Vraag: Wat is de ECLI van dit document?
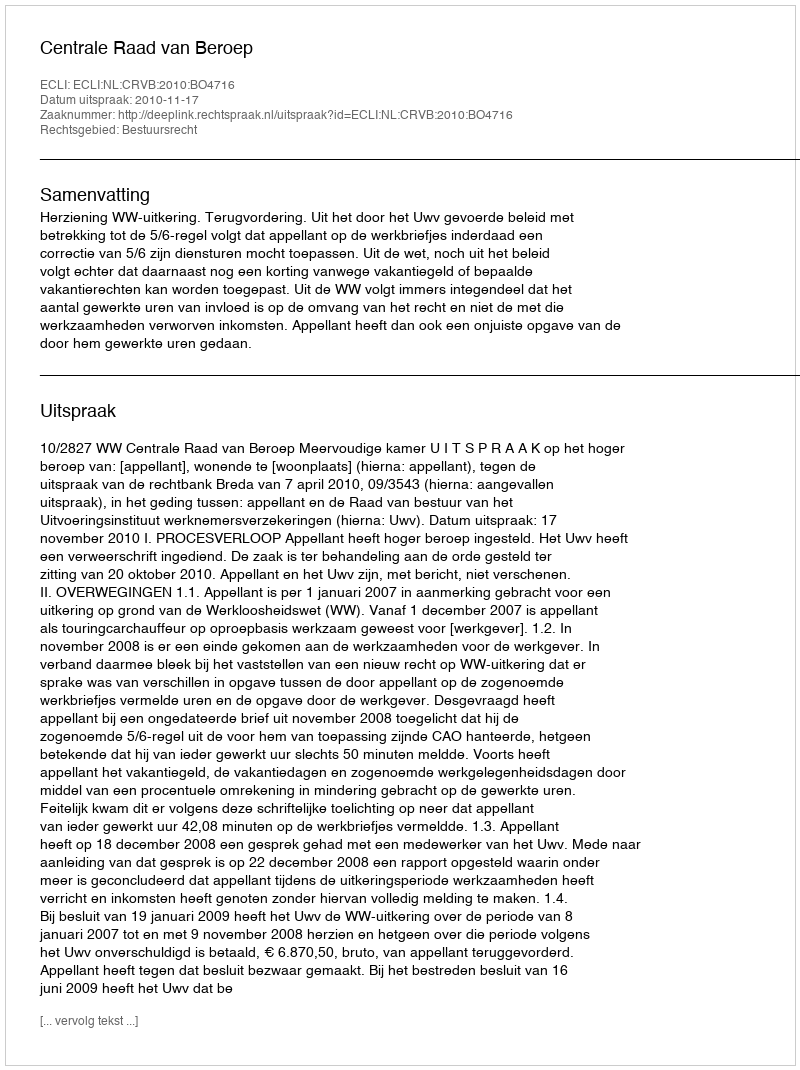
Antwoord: ECLI:NL:CRVB:2010:BO4716